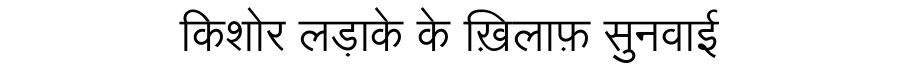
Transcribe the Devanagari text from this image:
किशोर लड़ाके के ख़िलाफ़ सुनवाई